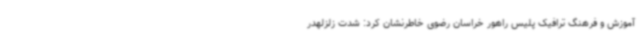
آموزش و فرهنگ ترافیک پلیس راهور خراسان رضوی خاطرنشان کرد: شدت زلزلهدر